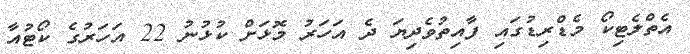
އެތްލެޓިކޯ މެޑްރިޑުގައި ފާއިތުވެދިޔަ ދެ އަހަރު މޮޅަށް ކުޅުނު 22 އަހަރުގެ ކޯޓުއާ